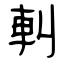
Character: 䡂